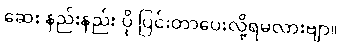
ဆေး နည်းနည်း ပို ပြင်းတာပေးလို့ရမလားဗျာ။